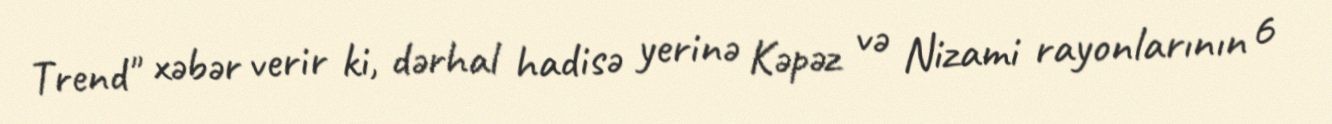
Trend" xəbər verir ki, dərhal hadisə yerinə Kəpəz və Nizami rayonlarının 6